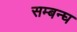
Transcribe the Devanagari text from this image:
सम्बन्घ